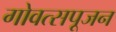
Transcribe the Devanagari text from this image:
गोवत्सपूजन